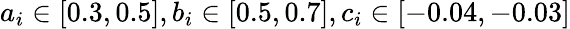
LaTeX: a_{i}\in[0.3,0.5],b_{i}\in[0.5,0.7],c_{i}\in[-0.04,-0.03]